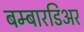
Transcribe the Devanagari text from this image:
बम्बारडिअर